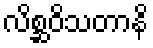
လိစ္ဆဝိသတာနိ